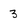
Character: 3